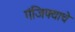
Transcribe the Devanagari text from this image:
गंजिफ्याचे